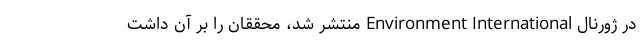
در ژورنال Environment International منتشر شد، محققان را بر آن داشت